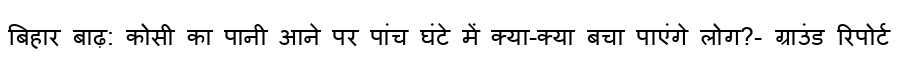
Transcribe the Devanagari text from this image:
बिहार बाढ़: कोसी का पानी आने पर पांच घंटे में क्या-क्या बचा पाएंगे लोग?- ग्राउंड रिपोर्ट